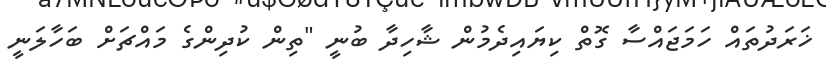
ޚަރަދުތައް ހަމަޖައްސާ ގޮތް ކިޔައިދެމުން ޝާހިދާ ބުނީ "ތިން ކުދިންގެ މައްޗަށް ބަހާލަނީ